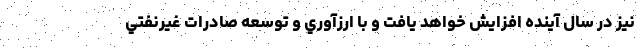
نيز در سال آینده افزايش خواهد يافت و با ارزآوري و توسعه صادرات غيرنفتي